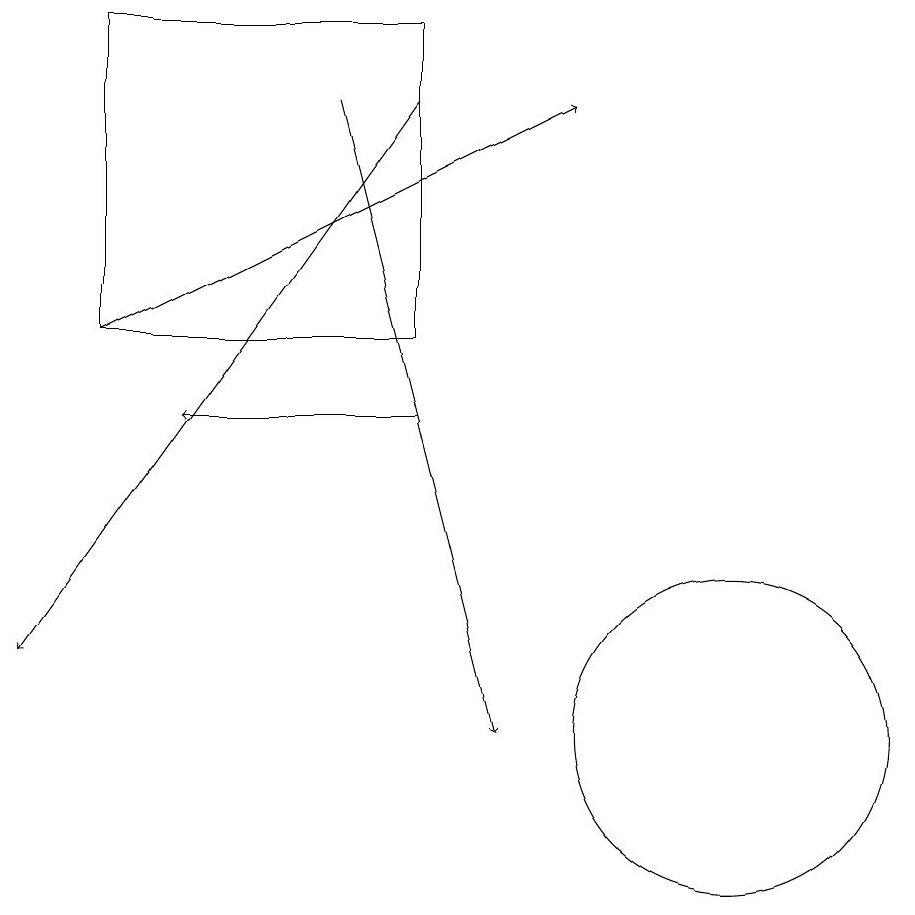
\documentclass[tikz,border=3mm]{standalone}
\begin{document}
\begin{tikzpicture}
\draw[->] (6,14) -- (3,14);
\draw[->] (2,15) -- (8,18);
\draw[->] (5,18) -- (7,10);
\draw[->] (6,18) -- (1,11);
\draw (10,10) circle (2);
\draw (2,19) rectangle (6,15);
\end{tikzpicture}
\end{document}